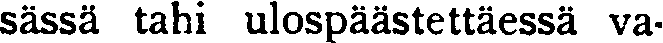
sässä tahi ulospäästettäessä va-